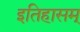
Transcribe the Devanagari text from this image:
इतिहासम्